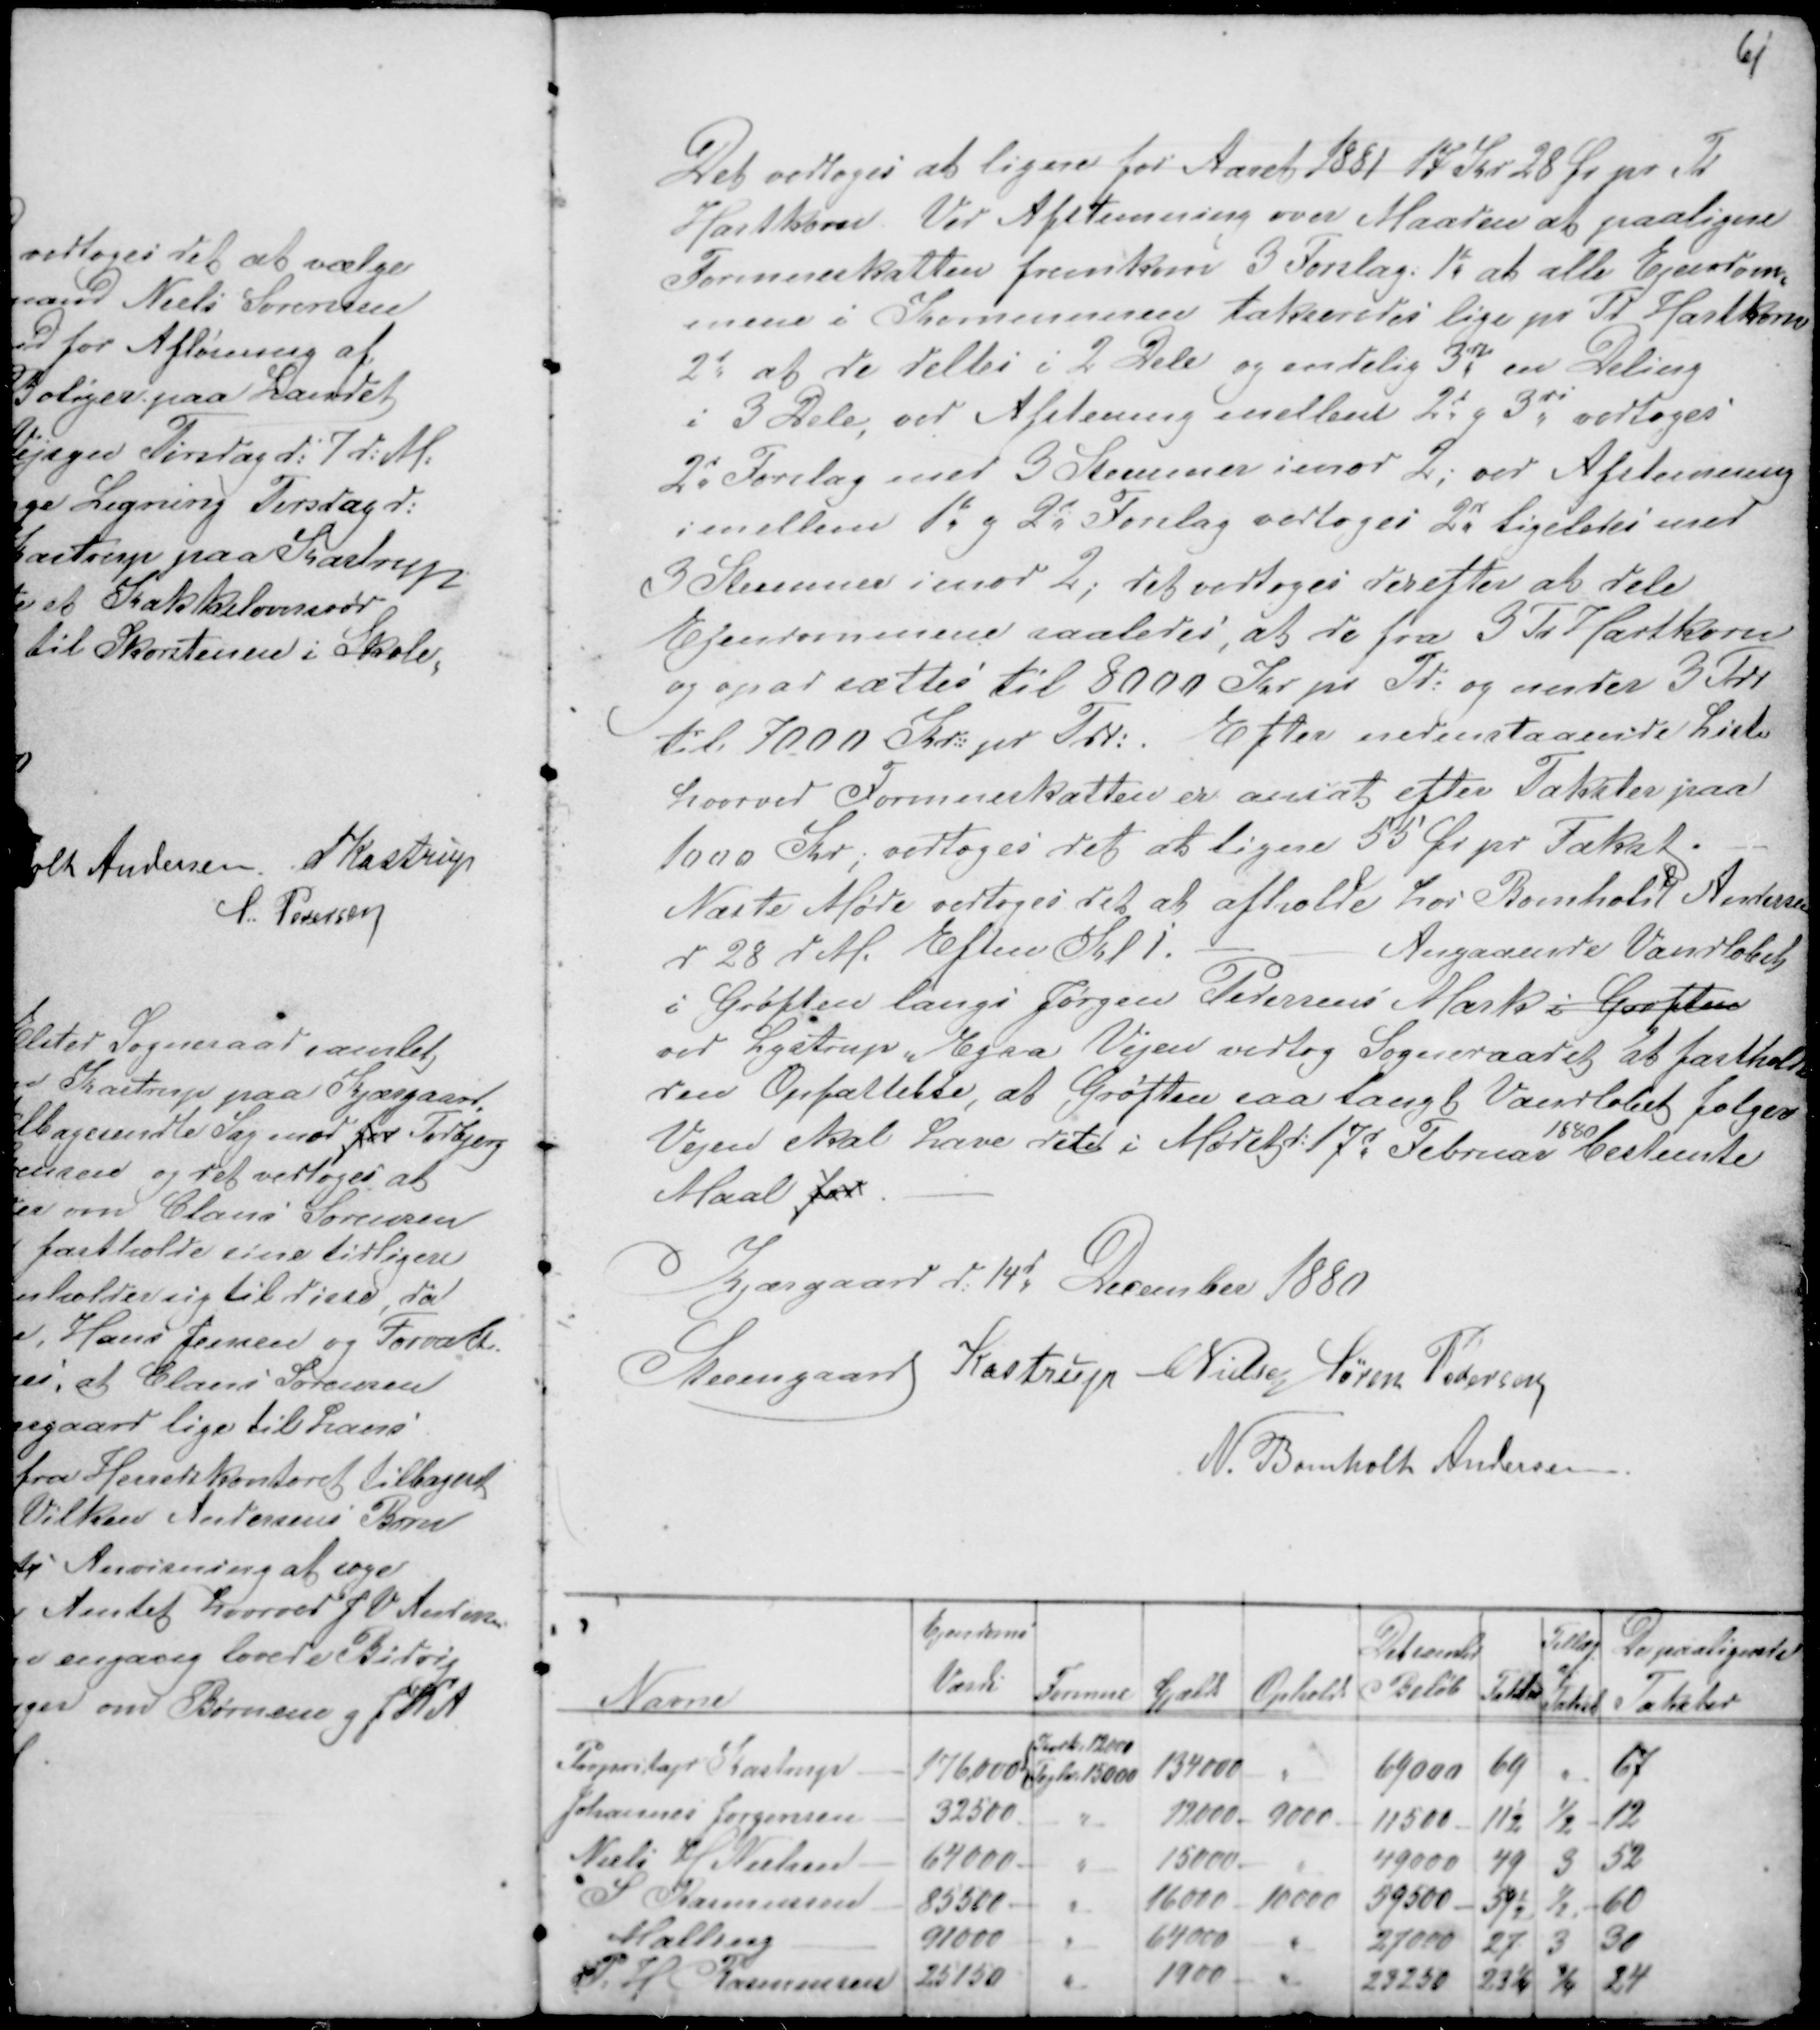
Transskription:
61

Det vedtoges at ligne for Aaret 1881 17 Kr 28 Ør pr Td
Hartkorn. Ved Afstemning over Maaden at paaligne
Formueskatten fremkom 3 Forslag: 1d at alle Ejendom-
mene i Kommunen taksredes lige pr Td Hartkorn
2d at de deltes i 2 Dele og endelig 3die en Deling
i 3 Dele, ved Afstenng imellem 2d g 3di vedtoges
2d Forslag med 3 Stemmer imod 2, ved Afstemning 
imellem 1te g 2d Forslag vedtoges 2d ligeledes med
3 Stemmer imod 2, det vedtoges derefter at dele
Ejendommene saaledes, at de fra 3 Td Hartkorn
og opad sættes til 8000 Kr pr Td: og under 3 Tdr
til 7000 Kr: : pr Tdr:. Efter nedenstaaende Liste
hvorved Formueskatten er ansat efter Takster paa
1000 Kr; vedtoges det at ligne 53 Ør pr Takst. -
Næste Møde vedtoges det at afholde hos Bomholt Andersen
d 28 dM. Eftm Kl 1. - -
Angaaende Vandløbet
i Grøften langs Jørgen Pedersens Mark i Grøften
ved Lystrup - Egaa Vejen vedtog Sogneraadet at fastholde
den Opfattelse, at Grøften saa langt Vandløbet følger
Vejen skal have det i Mødet d: 17d Februar 
1880
bestemte
Maal for . -
Kjærgaard d: 14d December 1880
Steensgaard Kastrup CNielsen Søren Pedersen
N. Bomholt Andersen.